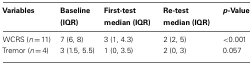
<table><thead><tr><td><b>Variables</b></td><td><b>Baseline (IQR)</b></td><td><b>First-test median (IQR)</b></td><td><b>Re-test median (IQR)</b></td><td><b><i>p</i>-Value</b></td></tr></thead><tbody><tr><td>WCRS (<i>n</i> = 11)</td><td>7 (6, 8)</td><td>3 (1, 4.3)</td><td>2 (2, 5)</td><td>&lt;0.001</td></tr><tr><td>Tremor (<i>n</i> = 4)</td><td>3 (1.5, 5.5)</td><td>1 (0, 3.5)</td><td>2 (0, 3)</td><td>0.057</td></tr></tbody></table>